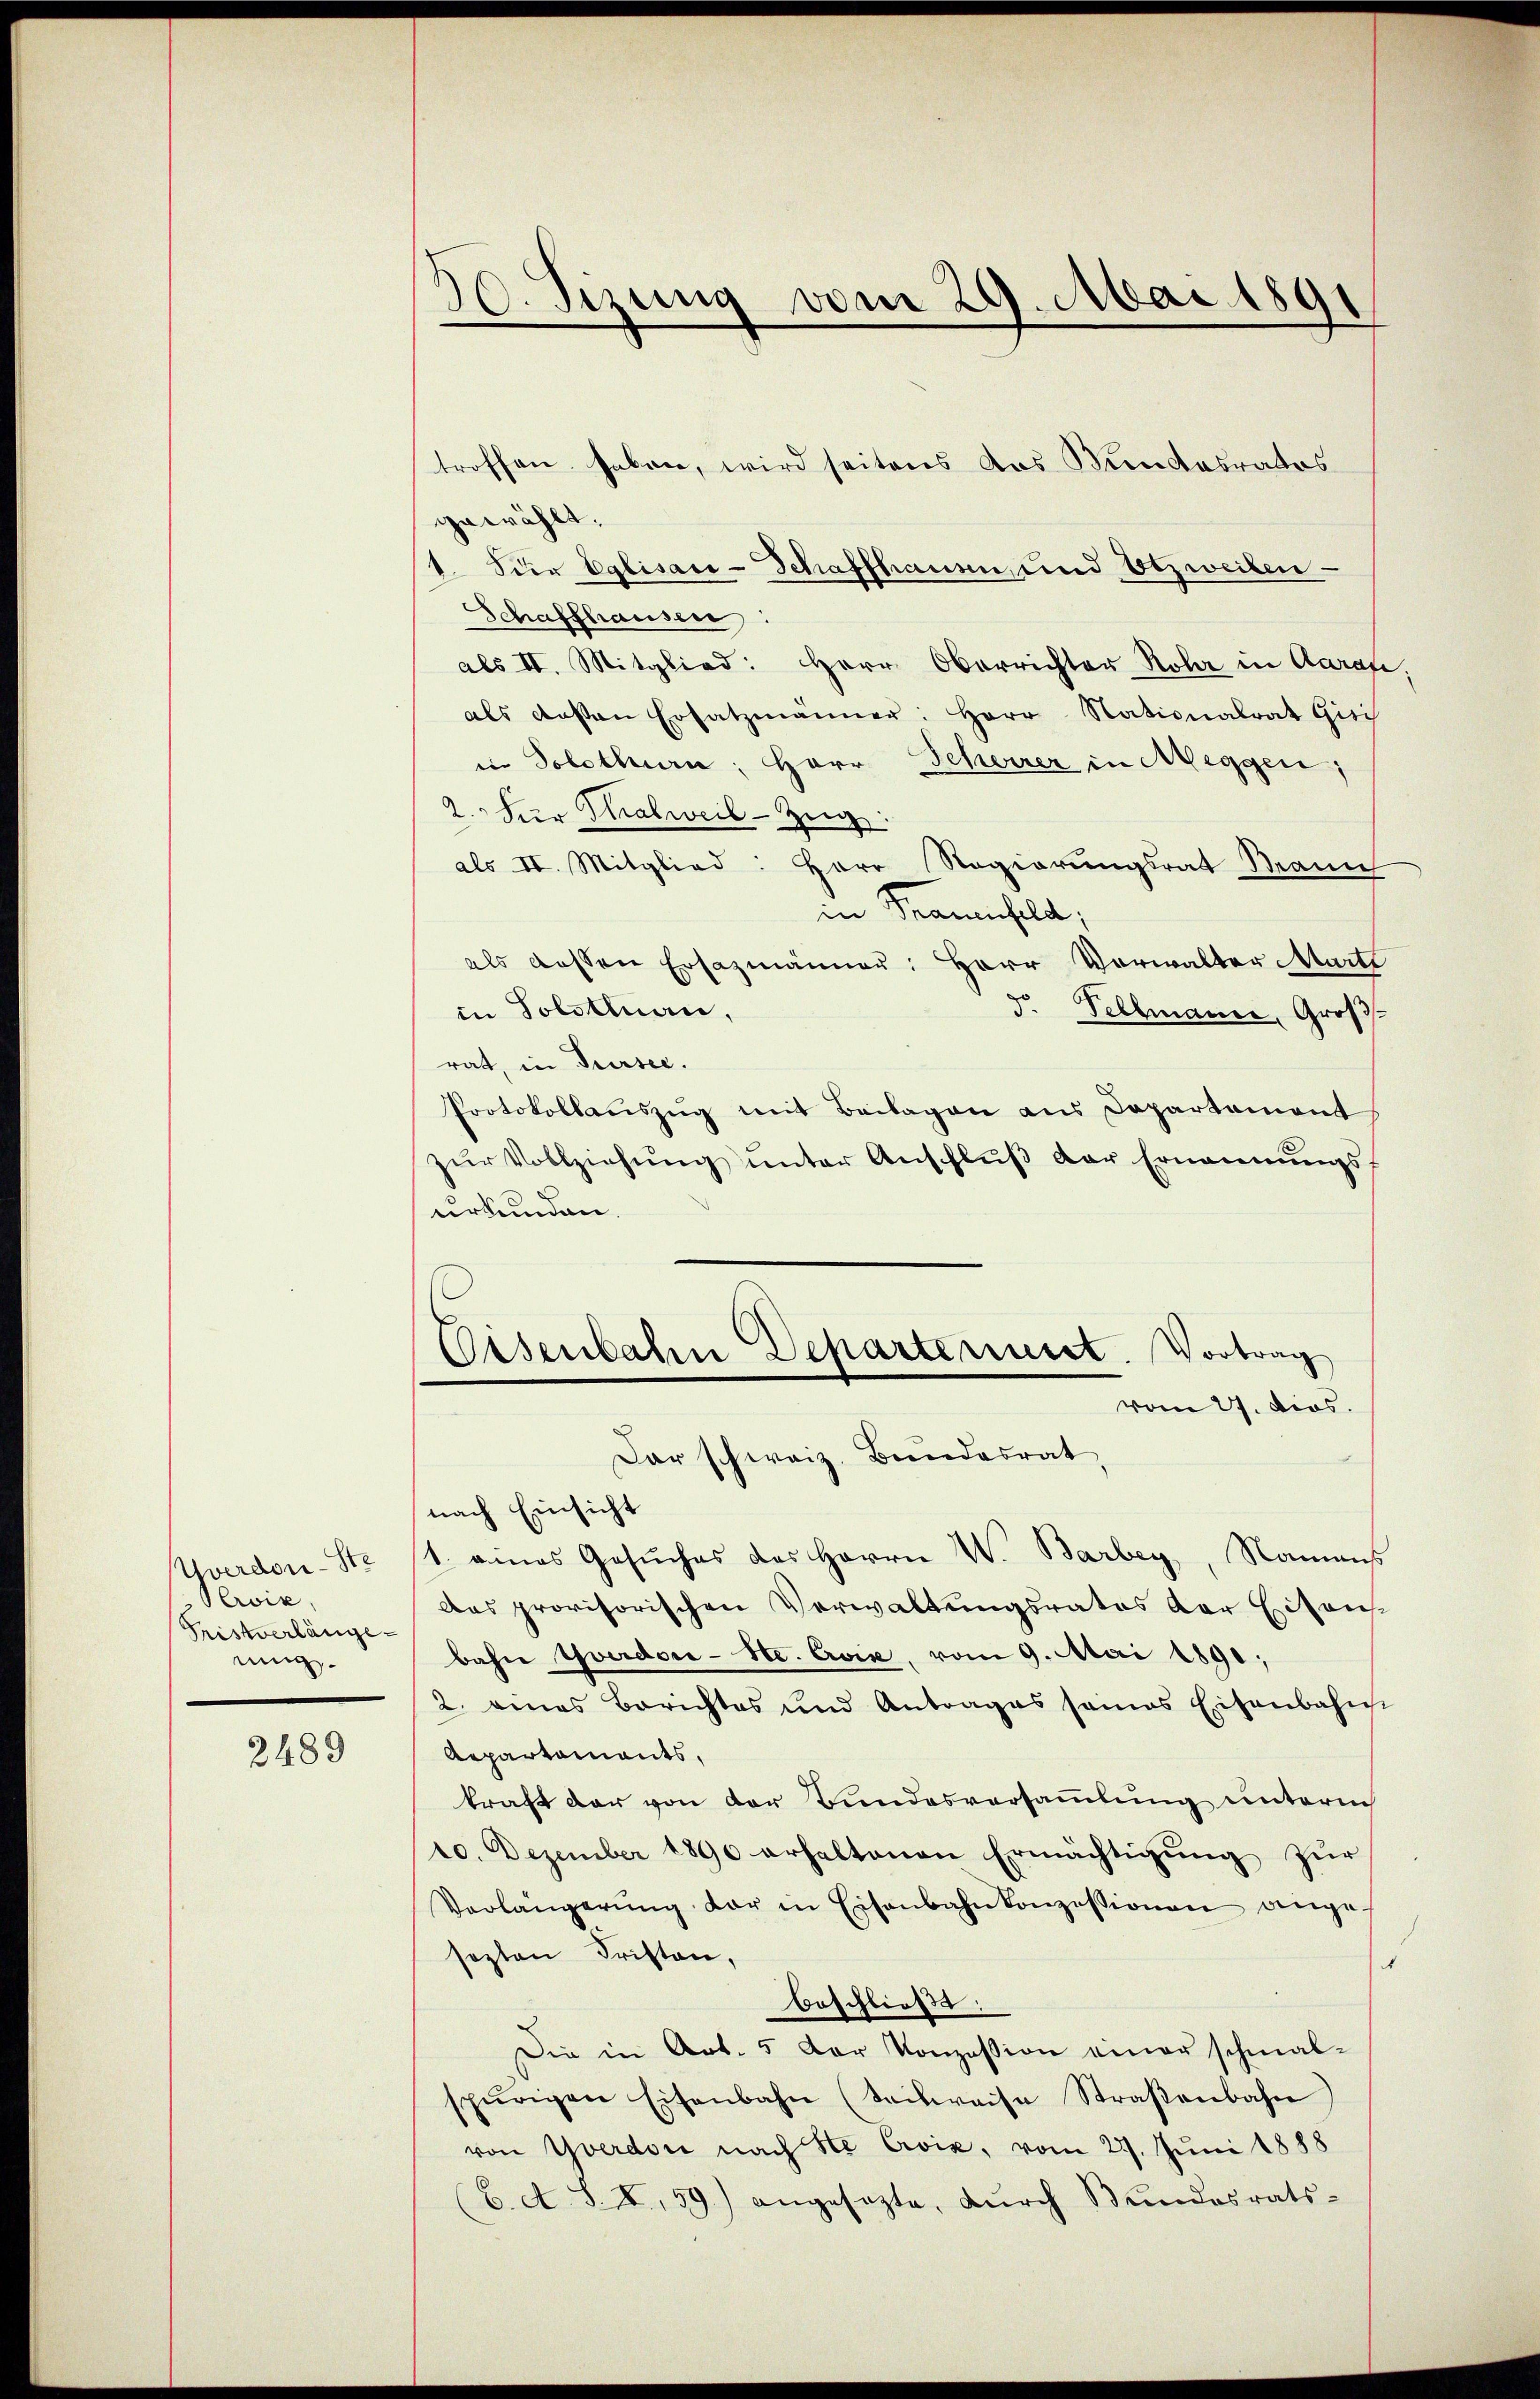
verdon-Str
Pewiz,
Fristverlänge
nig.

2489

30. Sizung vom 29. Mai 1891

troffen haben, wird seitens das Bundesrates
gewählt.
der Eglisau-Schaffhauen, und Etzweiten
Schaffhausen:
als II. Mitglied: Herr Oberrichter Rohr in Aarau
als deßen Ersatzmänner: Herr Nationalrat Gisi
in Solothurn, Herr Scherer in Meggen,
2. Hier Thalweil-Zug:
als II. Mitglied: Herr Regierungsrat Brann
in Frauenfeld,
als dessen Ersazmänner: Herr Verwalter Marti
in Tolstluan,
d. Fellmann, Groß
rat, in Tursee.
Protokollauszug mit Beilagen aus Departement
zur Vollziehung unter Anschluß der Ernennungsurkunden.
Eisenbahn Departeniret. Vortrag
vom 27. Dies
Dar schweiz. Bundesrat,
nach Einsicht
1. eines Gesuches des Herrn W. Barbey, Namens
das provisorischen Verwaltungsrates der Eisen-
bahn Yverdoce-Se. Ević, vom 9. Mai 1891;
2. eines Berichtes und Antrages seines Eisenbahn
Repartaments,
kraft der von der Bundesversammlung unterm
10. Dezember 1890 erhaltenen Ermächtigung zur
Verlangerŭng der in Eisenbahnkonzessionen ange-
sezten Fristen,
e
beschließe;
Die in Art. 5 der Konzession einer schmal-
spurigen Eisenbahn (Sachweise Straβenbahn
von Yverdon nach Ste Croix, vom 27. Juni 1888
C. A. S. I, 59) angesezte, dŭrch Bŭndesrats-